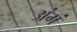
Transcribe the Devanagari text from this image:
अंगं